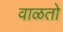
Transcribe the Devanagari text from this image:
वाळतो